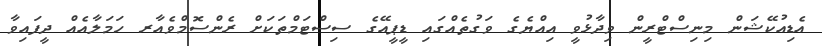
އެޑިއުކޭޝަން މިނިސްޓްރީން ވިދާޅުވީ އިއްޔެގެ ވަގުތެއްގައި ޑީޕީއޭގެ ސިސްޓަމްތަކަށް ރެންސޮމްވެއާރ ހަމަލާއެއް ދީފައިވާ